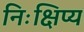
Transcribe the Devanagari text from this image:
निःक्षिप्य